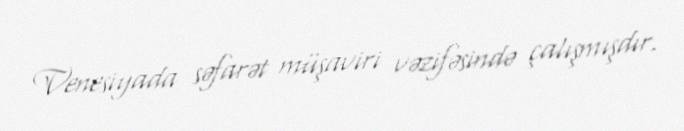
Venesiyada səfarət müşaviri vəzifəsində çalışmışdır.